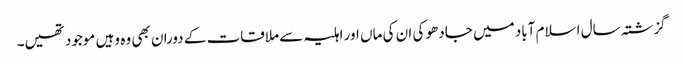
گزشتہ سال اسلام آباد میں جادھو کی ان کی ماں اور اہلیہ سے ملاقات کے دوران بھی وہ وہیں موجود تھیں۔